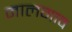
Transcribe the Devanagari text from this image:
मालगाव